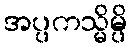
အပ္ပကသ္မိမ္ပိ